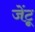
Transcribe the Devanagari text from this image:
जेंटू